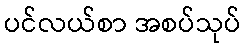
ပင်လယ်စာ အစပ်သုပ်